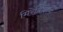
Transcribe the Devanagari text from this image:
मिरेबिलिस